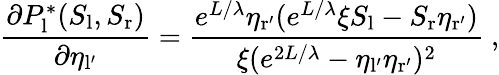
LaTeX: \frac{\partial P_{\mathrm{l}}^{*}(S_{\mathrm{l}},S_{\mathrm{r}})}{\partial\eta_{\mathrm{l^{\prime}}}}=\frac{e^{L/\lambda}\eta_{\mathrm{r^{\prime}}}(e^{L/\lambda}\xi S_{\mathrm{l}}-S_{\mathrm{r}}\eta_{\mathrm{r^{\prime}}})}{\xi(e^{2L/\lambda}-\eta_{\mathrm{l^{\prime}}}\eta_{\mathrm{r^{\prime}}})^{2}}\ ,